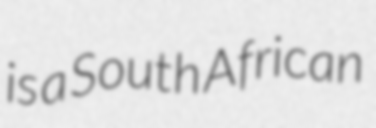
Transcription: is a South African